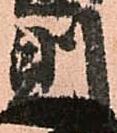
則